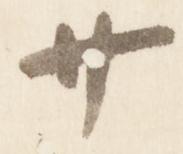
廿